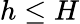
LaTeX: h\leq H